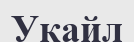
Укайл